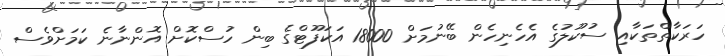
ހަރަކާތްތަކާއި ސުކޫލުގެ އެހެނިހެން ބޭނުމަށް 18000 އަކަފޫޓްގެ ބިން ހުސްކޮށް އޮންނާނެ ކަމަށްވެސް